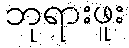
ဘုရားဖူး